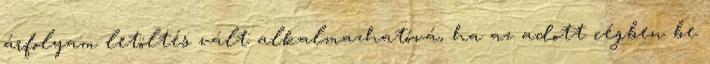
árfolyam letöltés vált alkalmazhatóvá, ha az adott cégben be